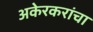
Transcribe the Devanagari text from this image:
अकेरकरांचा